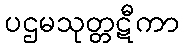
ပဌမသုတ္တဋီကာ